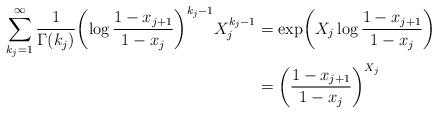
LaTeX: \begin{align*}\sum_{k_j=1}^\infty\frac{1}{\Gamma(k_j)}\biggl(\log\frac{1-x_{j+1}}{1-x_j}\biggr)^{k_j-1}X_j^{k_j-1}&=\exp\biggl(X_j\log\frac{1-x_{j+1}}{1-x_j}\biggr)\\&=\biggl(\frac{1-x_{j+1}}{1-x_j}\biggr)^{X_j}\end{align*}